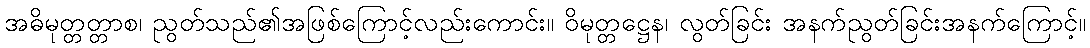
အဓိမုတ္တတ္တာစ၊ ညွတ်သည်၏အဖြစ်ကြောင့်လည်းကောင်း။ ဝိမုတ္တဋ္ဌေန၊ လွတ်ခြင်း အနက်ညွတ်ခြင်းအနက်ကြောင့်။